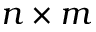
n \times m